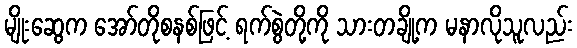
မျိုးဆွေက အော်တိုစနစ်ဖြင့် ရက်စွဲတို့ကို သားတချို့က မနာလိုသူလည်း